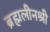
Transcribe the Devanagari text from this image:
ब्रह्मलीनश्री